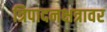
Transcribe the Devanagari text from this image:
त्रिपादनक्षत्रावर